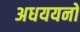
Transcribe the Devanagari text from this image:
अधययनों